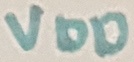
Text: VDD